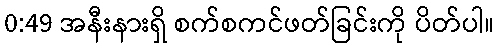
0:49 အနီးနားရှိ စက်စကင်ဖတ်ခြင်းကို ပိတ်ပါ။